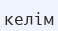
келім